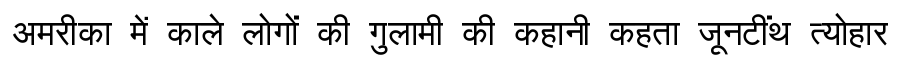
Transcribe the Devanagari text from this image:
अमरीका में काले लोगों की गुलामी की कहानी कहता जूनटींथ त्योहार